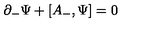
\partial _ { - } { \Psi } + [ A _ { - } , { \Psi } ] = 0